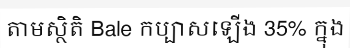
តាមស្ថិតិ Bale កប្បាសឡើង 35% ក្នុង